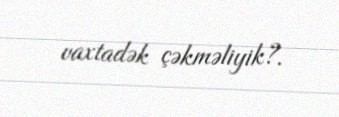
vaxtadək çəkməliyik?.